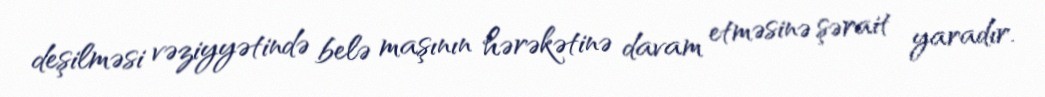
deşilməsi vəziyyətində belə maşının hərəkətinə davam etməsinə şərait yaradır.